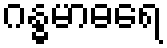
ဂန္ဓမာဓရေ